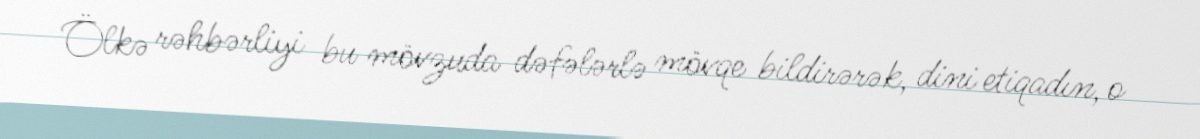
Ölkə rəhbərliyi bu mövzuda dəfələrlə mövqe bildirərək, dini etiqadın, o